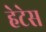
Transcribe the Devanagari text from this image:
हेटेस